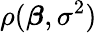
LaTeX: \rho({\boldsymbol{\beta}},\sigma^{2})